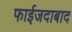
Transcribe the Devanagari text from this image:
फाईजदाबाद